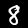
Digit: 8